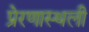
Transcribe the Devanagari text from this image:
प्रेरणास्थली